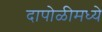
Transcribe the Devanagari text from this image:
दापोळीमध्ये